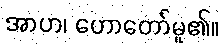
အာဟ၊ ဟောတော်မူ၏။